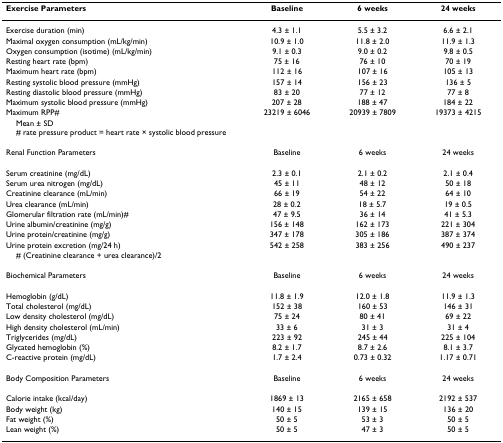
<table><thead><tr><td><b>Exercise Parameters</b></td><td><b>Baseline</b></td><td><b>6 weeks</b></td><td><b>24 weeks</b></td></tr></thead><tbody><tr><td>Exercise duration (min)</td><td>4.3 ± 1.1</td><td>5.5 ± 3.2</td><td>6.6 ± 2.1</td></tr><tr><td>Maximal oxygen consumption (mL/kg/min)</td><td>10.9 ± 1.0</td><td>11.8 ± 2.0</td><td>11.9 ± 1.3</td></tr><tr><td>Oxygen consumption (isotime) (mL/kg/min)</td><td>9.1 ± 0.3</td><td>9.0 ± 0.2</td><td>9.8 ± 0.5</td></tr><tr><td>Resting heart rate (bpm)</td><td>75 ± 16</td><td>76 ± 10</td><td>70 ± 19</td></tr><tr><td>Maximum heart rate (bpm)</td><td>112 ± 16</td><td>107 ± 16</td><td>105 ± 13</td></tr><tr><td>Resting systolic blood pressure (mmHg)</td><td>157 ± 14</td><td>156 ± 23</td><td>136 ± 5</td></tr><tr><td>Resting diastolic blood pressure (mmHg)</td><td>83 ± 20</td><td>77 ± 12</td><td>77 ± 8</td></tr><tr><td>Maximum systolic blood pressure (mmHg)</td><td>207 ± 28</td><td>188 ± 47</td><td>184 ± 22</td></tr><tr><td>Maximum RPP#</td><td>23219 ± 6046</td><td>20939 ± 7809</td><td>19373 ± 4215</td></tr><tr><td colspan="4"> Mean ± SD# rate pressure product = heart rate × systolic blood pressure</td></tr><tr><td>Renal Function Parameters</td><td>Baseline</td><td>6 weeks</td><td>24 weeks</td></tr><tr><td>Serum creatinine (mg/dL)</td><td>2.3 ± 0.1</td><td>2.1 ± 0.2</td><td>2.1 ± 0.4</td></tr><tr><td>Serum urea nitrogen (mg/dL)</td><td>45 ± 11</td><td>48 ± 12</td><td>50 ± 18</td></tr><tr><td>Creatinine clearance (mL/min)</td><td>66 ± 19</td><td>54 ± 22</td><td>64 ± 10</td></tr><tr><td>Urea clearance (mL/min)</td><td>28 ± 0.2</td><td>18 ± 5.7</td><td>19 ± 0.5</td></tr><tr><td>Glomerular filtration rate (mL/min)#</td><td>47 ± 9.5</td><td>36 ± 14</td><td>41 ± 5.3</td></tr><tr><td>Urine albumin/creatinine (mg/g)</td><td>156 ± 148</td><td>162 ± 173</td><td>221 ± 304</td></tr><tr><td>Urine protein/creatinine (mg/g)</td><td>347 ± 178</td><td>305 ± 186</td><td>387 ± 374</td></tr><tr><td>Urine protein excretion (mg/24 h)</td><td>542 ± 258</td><td>383 ± 256</td><td>490 ± 237</td></tr><tr><td colspan="4"> # (Creatinine clearance + urea clearance)/2</td></tr><tr><td>Biochemical Parameters</td><td>Baseline</td><td>6 weeks</td><td>24 weeks</td></tr><tr><td>Hemoglobin (g/dL)</td><td>11.8 ± 1.9</td><td>12.0 ± 1.8</td><td>11.9 ± 1.3</td></tr><tr><td>Total cholesterol (mg/dL)</td><td>152 ± 38</td><td>160 ± 53</td><td>146 ± 31</td></tr><tr><td>Low density cholesterol (mg/dL)</td><td>75 ± 24</td><td>80 ± 41</td><td>69 ± 22</td></tr><tr><td>High density cholesterol (mL/min)</td><td>33 ± 6</td><td>31 ± 3</td><td>31 ± 4</td></tr><tr><td>Triglycerides (mg/dL)</td><td>223 ± 92</td><td>245 ± 44</td><td>225 ± 104</td></tr><tr><td>Glycated hemoglobin (%)</td><td>8.2 ± 1.7</td><td>8.7 ± 2.6</td><td>8.1 ± 3.7</td></tr><tr><td>C-reactive protein (mg/dL)</td><td>1.7 ± 2.4</td><td>0.73 ± 0.32</td><td>1.17 ± 0.71</td></tr><tr><td>Body Composition Parameters</td><td>Baseline</td><td>6 weeks</td><td>24 weeks</td></tr><tr><td>Calorie intake (kcal/day)</td><td>1869 ± 13</td><td>2165 ± 658</td><td>2192 ± 537</td></tr><tr><td>Body weight (kg)</td><td>140 ± 15</td><td>139 ± 15</td><td>136 ± 20</td></tr><tr><td>Fat weight (%)</td><td>50 ± 5</td><td>53 ± 3</td><td>50 ± 5</td></tr><tr><td>Lean weight (%)</td><td>50 ± 5</td><td>47 ± 3</td><td>50 ± 5</td></tr></tbody></table>